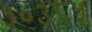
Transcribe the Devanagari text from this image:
१०३८५